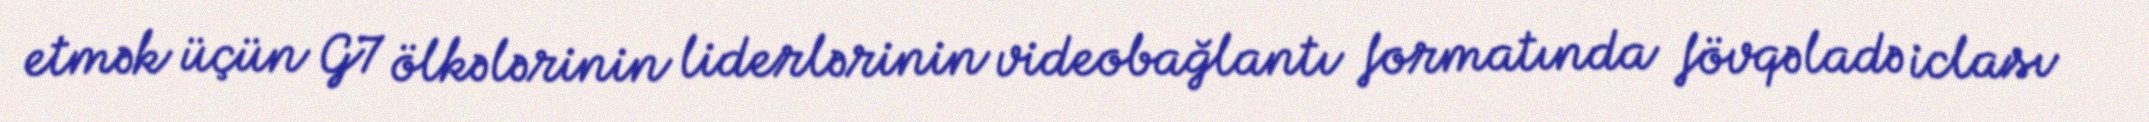
etmək üçün G7 ölkələrinin liderlərinin videobağlantı formatında fövqəladə iclası